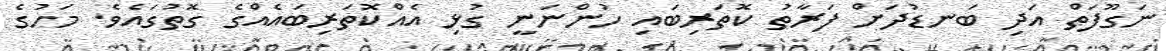
ނަގޫފަތް އަދި ބަނޑުދަށް ފަރާތު ކޮތަރިބައި ހުންނަނީ ގުޅި އެއްކޮތަރިބައެއްގެ ގޮތުގައެވެ. މަހުގެ